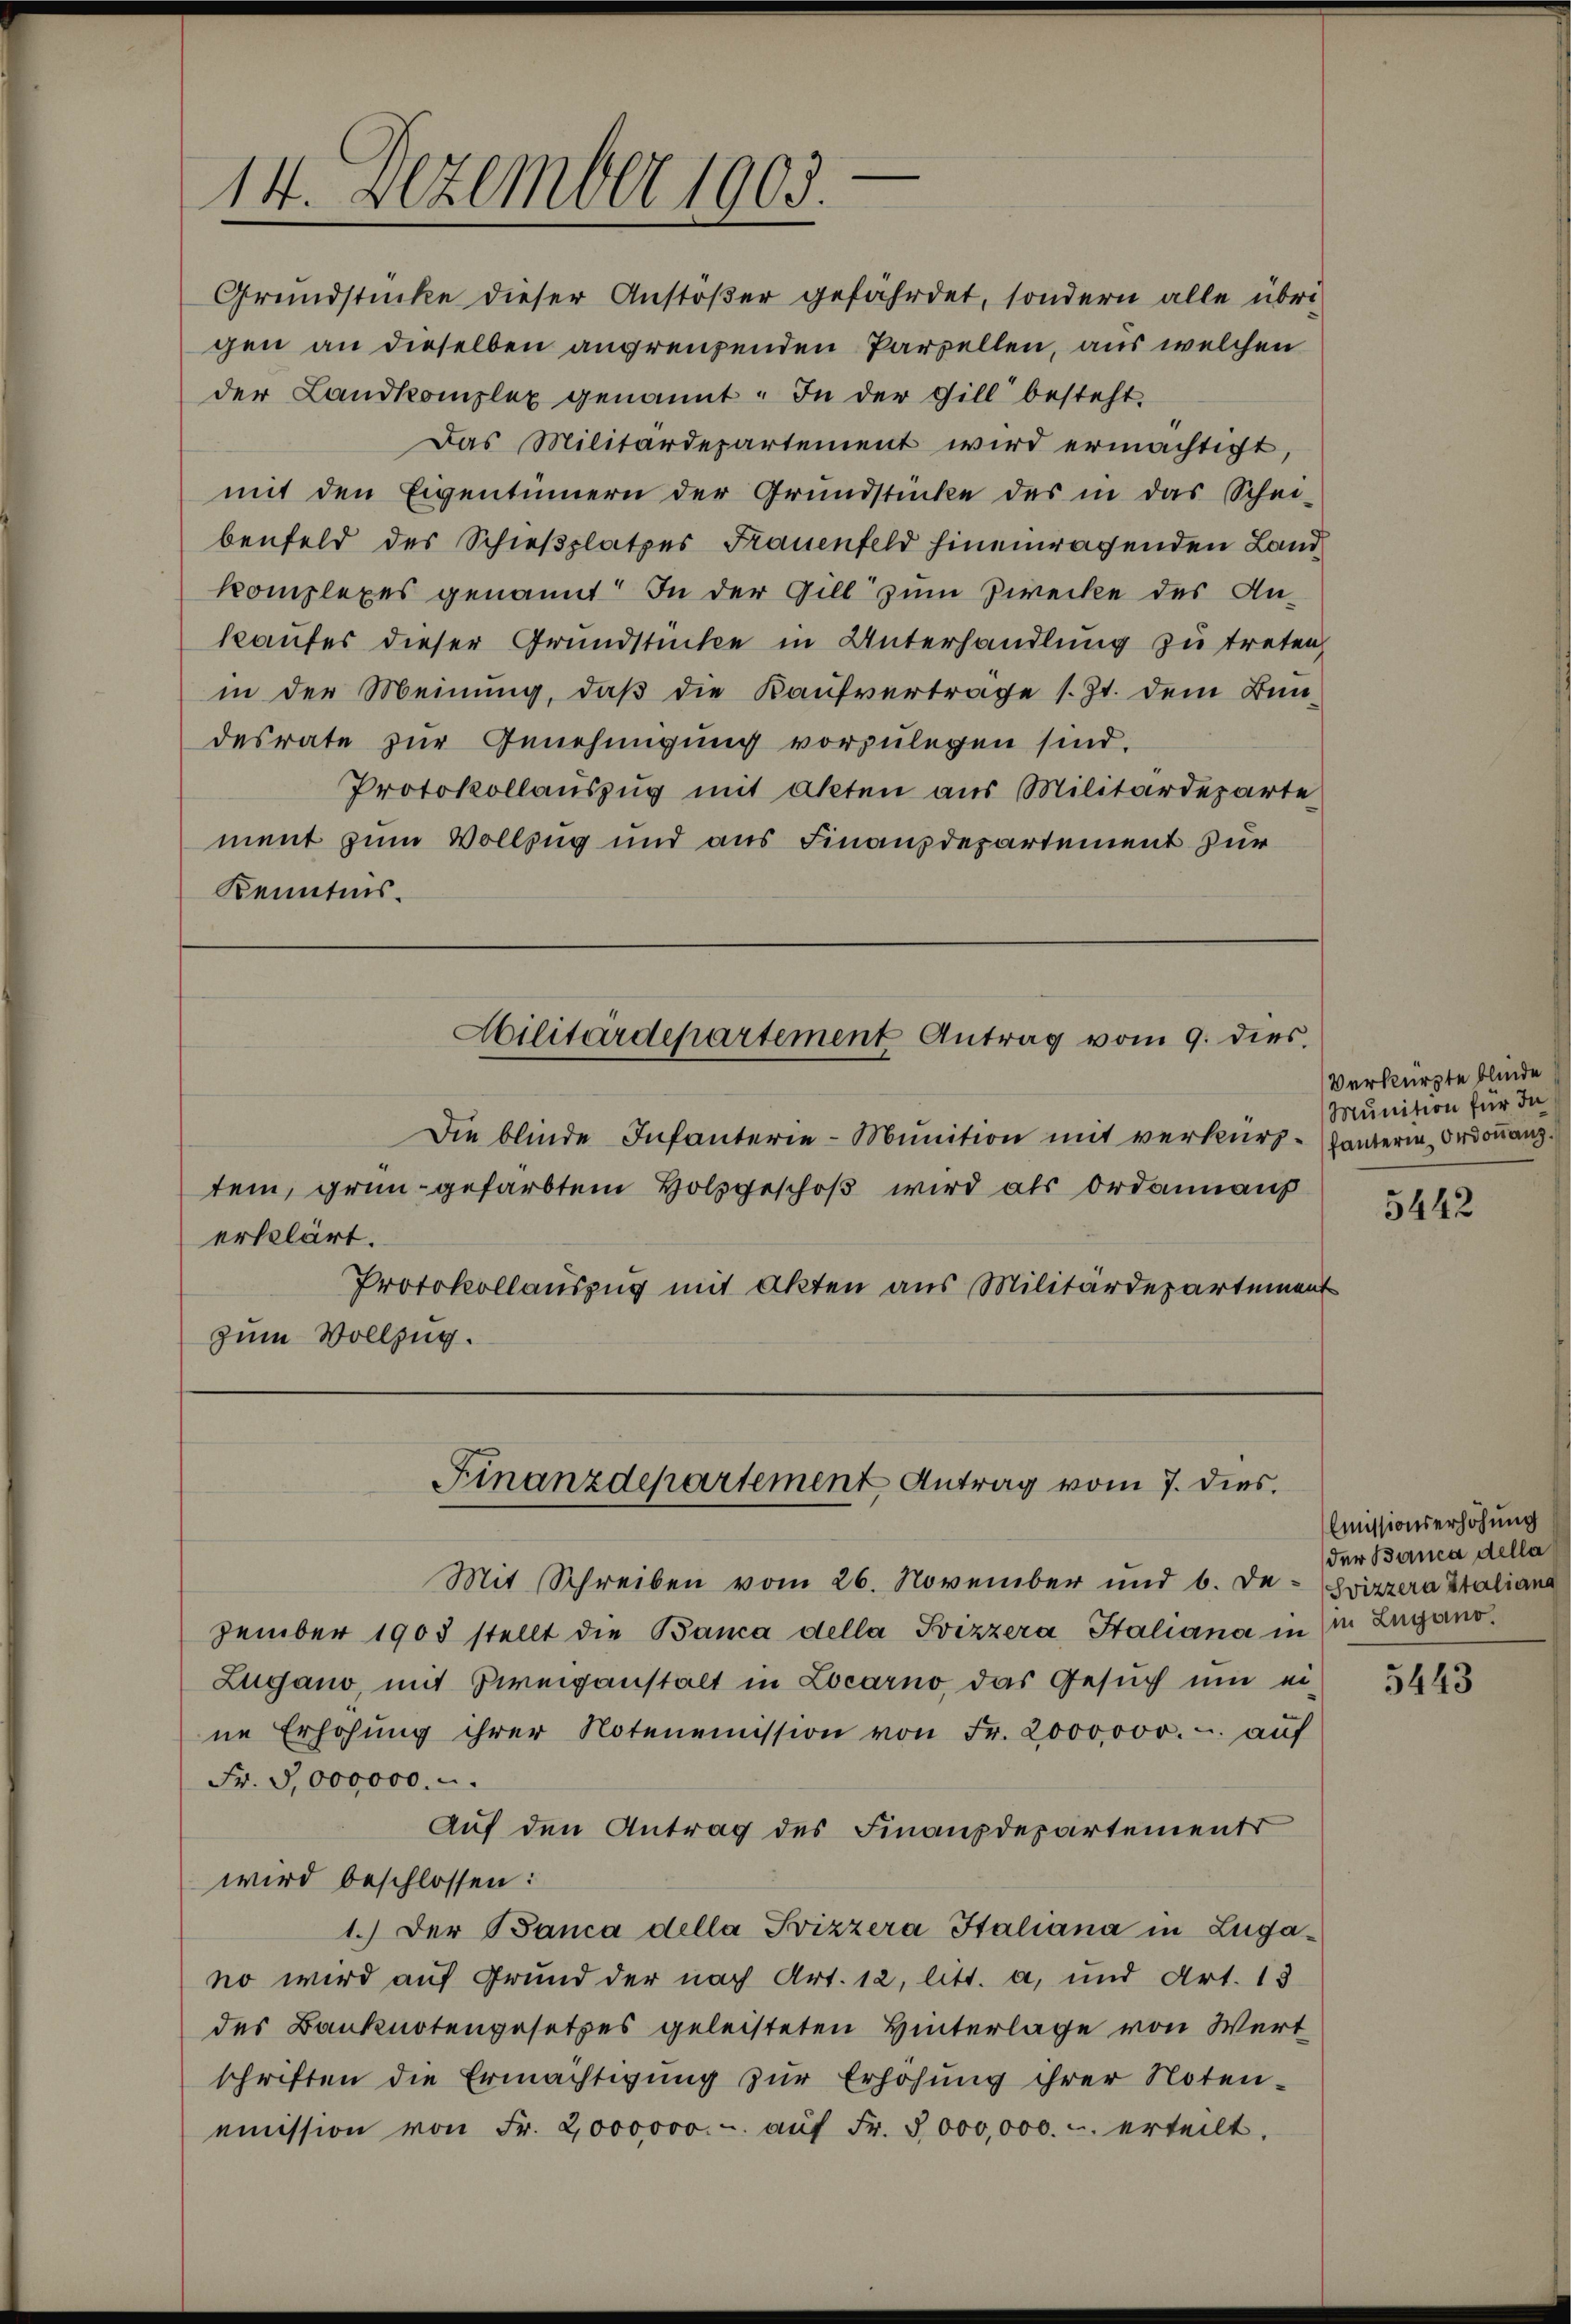
14. Dezember 1903.

Grundstücke dieser Anstößer gefährdet, sondern alle übrigen an dieselben angrenzenden Parzellen, aus welchen
der Landkomplex genannt. In der Fill besteht.
Das Militärdepartement wird ermachtigt,
mit den Eigentümern der Grundstücke des in das Schei-
benfeld des Schießplatzes Frauenfeld hineinragenden Landkomplexes genannt. In der Gill zum Zwecke des Ankaufes dieser Grundstücke in Unterhandlung zu treten,
in der Meinung, daβ die Kaufverträge s. Zt. dem Bundesrate zur Genehmigung vorzŭlegen sind.
Protokollauszug mit akten aus Militärdeparte
ment zum Vollzug und aus Finanzdepartement zur
Kenntnis.

Militärdepartement Antrag vom 9. dies

Die blinde Infanterie-Munition mit verkürz-Tanterin, Ordonanz
tem, grün- gefärbtem Holzgeschoß wird als Ordannaus
erklärt.
Protokollauszug mit Akten aus Militärdepartement
zum Vollzug.

Finanzdepartement Antrag vom 7. dies.

Mit Schreiben vom 26. November und b. De- Svizzera Italiana
zember 1903 stellt die Banca della Svizzera Staliana in (in Zugano.
Zugano, mit Zweigenstalt in Locarno das Gesuch um ei-
ne Erhöhŭng ihrer Notenemission von Fr. 2000000.- aŭf
Fr. 5000000.
Auf den Antrag des Finanzdepartements
wird beschlossen:
1.) Der Banca della Svizzera Italiana in Zugano wird auf Grund der nach Art. 12, litt. a, und Art. 13
des Banknotengesetzes geleisteten Hinterlage von Wert
schriften die Ermächtigung zur Erhöhung ihrer Noten-
emission von Fr. 2000000.- aŭf Fr. 3000,000. u. erteilt.

Verkürzte blinde
Munition für In

5442

Emissionserhöhung
der Banca della

5443